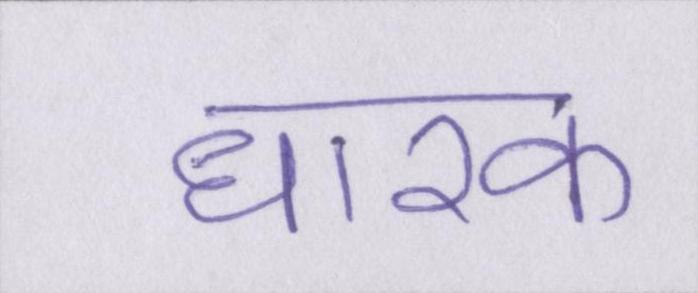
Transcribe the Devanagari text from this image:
धारक